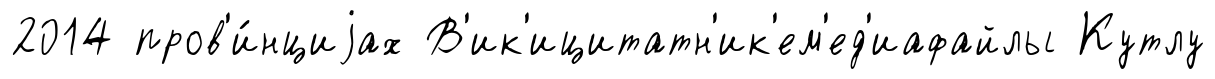
2014 пров'и́нциjах В'ик'ицитатн'ик'ем'ед'иафайлы Кутлу